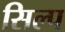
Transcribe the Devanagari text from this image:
सिल्प